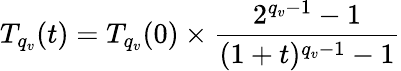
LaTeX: T_{q_{v}}(t)=T_{q_{v}}(0)\times\frac{2^{q_{v}-1}-1}{(1+t)^{q_{v}-1}-1}